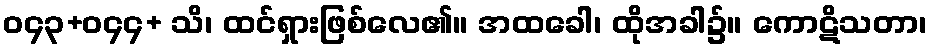
ဝ၄၃+ဝ၄၄+ သိ၊ ထင်ရှားဖြစ်လေ၏။ အထခေါ၊ ထိုအခါ၌။ ကောဋိသတာ၊